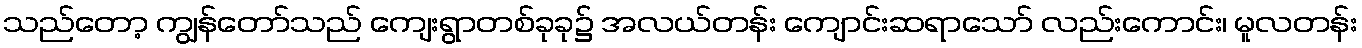
သည်တော့ ကျွန်တော်သည် ကျေးရွာတစ်ခုခု၌ အလယ်တန်း ကျောင်းဆရာသော် လည်းကောင်း၊ မူလတန်း